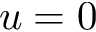
u = 0